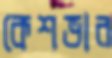
কেশভার